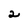
Character: 2